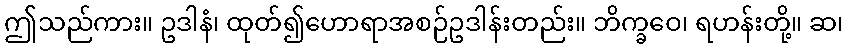
ဤသည်ကား။ ဥဒါနံ၊ ထုတ်၍ဟောရာအစဉ်ဥဒါန်းတည်း။ ဘိက္ခဝေ၊ ရဟန်းတို့။ ဆ၊